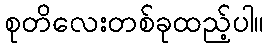
စုတိလေးတစ်ခုထည့်ပါ။